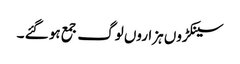
سینکڑوں ہزاروں لوگ جمع ہو گئے ۔